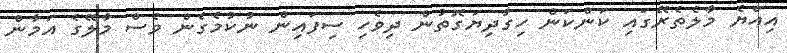
އިއްޔެ މާލެތެރޭގައި ކަންކަން ހިގާދިޔަގޮތުން ދިވެހި ސިފައިން ނުކުމެގެން ވެސް މާލޭގެ އަމާން